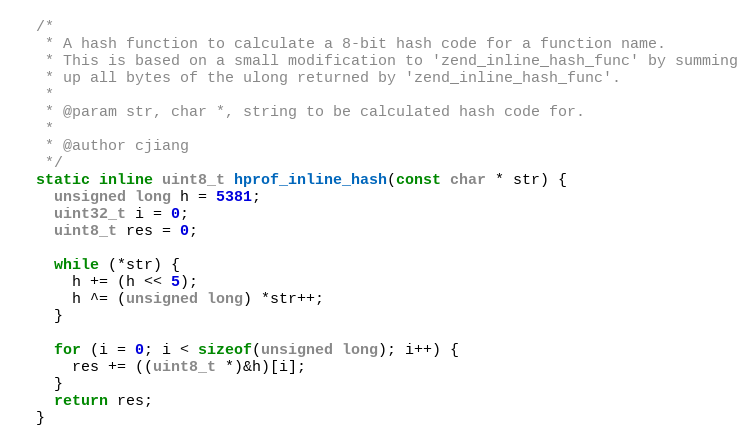
Language: C
  /*
   * A hash function to calculate a 8-bit hash code for a function name.
   * This is based on a small modification to 'zend_inline_hash_func' by summing
   * up all bytes of the ulong returned by 'zend_inline_hash_func'.
   *
   * @param str, char *, string to be calculated hash code for.
   *
   * @author cjiang
   */
  static inline uint8_t hprof_inline_hash(const char * str) {
    unsigned long h = 5381;
    uint32_t i = 0;
    uint8_t res = 0;

    while (*str) {
      h += (h << 5);
      h ^= (unsigned long) *str++;
    }

    for (i = 0; i < sizeof(unsigned long); i++) {
      res += ((uint8_t *)&h)[i];
    }
    return res;
  }